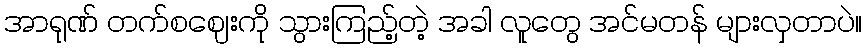
အာရုဏ် တက်စဈေးကို သွားကြည့်တဲ့ အခါ လူတွေ အင်မတန် များလှတာပဲ။